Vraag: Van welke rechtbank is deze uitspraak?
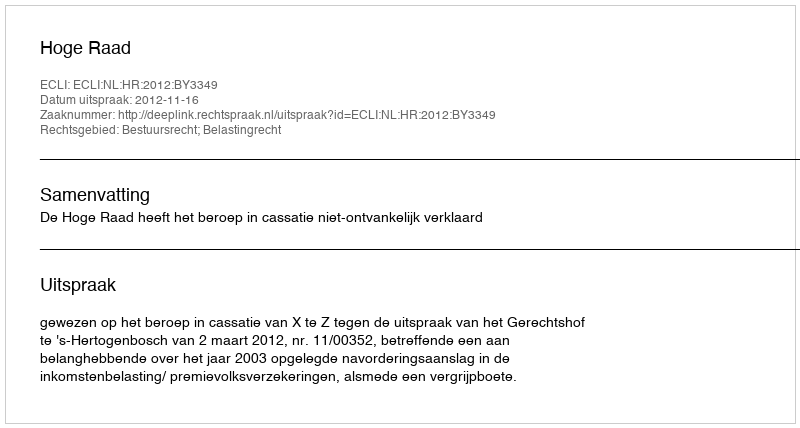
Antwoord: Hoge Raad